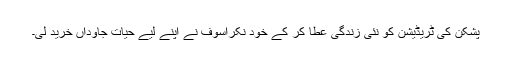
پشکن کی ٹریڈیشن کو نئی زندگی عطا کر کے خود نکراسوف نے اپنے لیے حیات جاوداں خرید لی۔